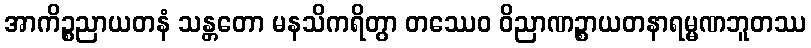
အာကိဉ္စညာယတနံ သန္တတော မနသိကရိတွာ တဿေဝ ဝိညာဏဉ္စာယတနာရမ္မဏဘူတဿ